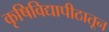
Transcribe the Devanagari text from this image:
कृषिविद्यापीठातून